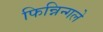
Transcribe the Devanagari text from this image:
फिन्निन्गले